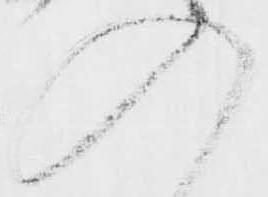
入